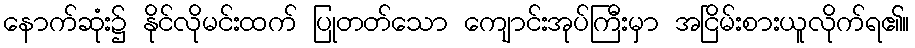
နောက်ဆုံး၌ နိုင်လိုမင်းထက် ပြုတတ်သော ကျောင်းအုပ်ကြီးမှာ အငြိမ်းစားယူလိုက်ရ၏။